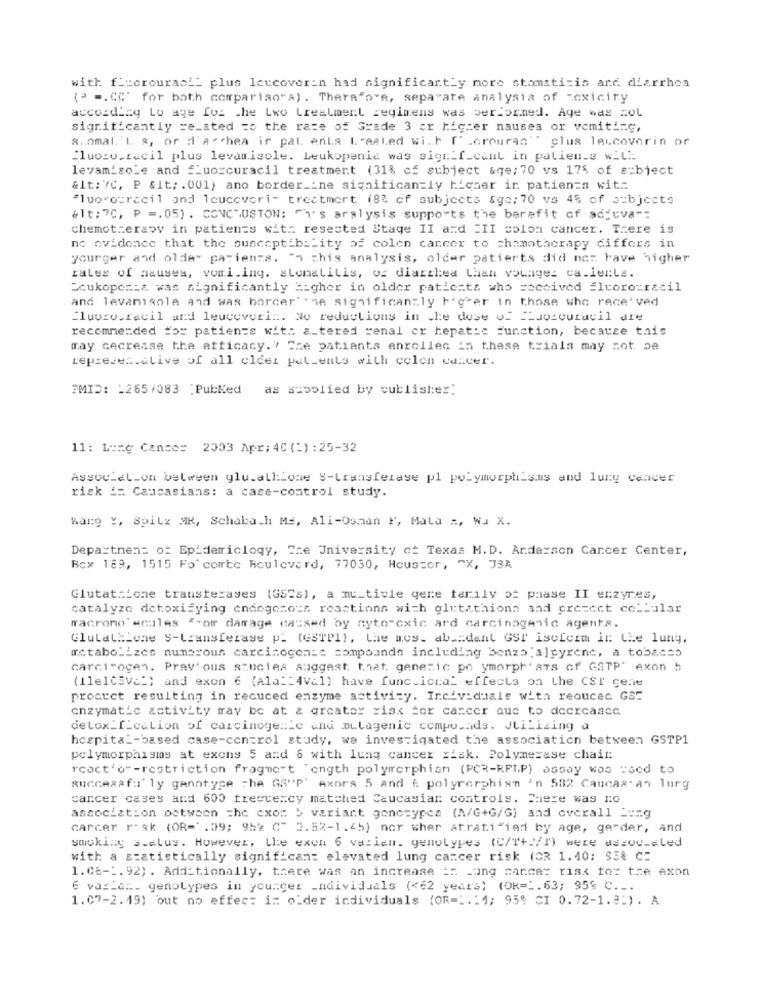
with f _= crouracil plus leccoverin had significantly more stomatitis and diarrhea
(> =. cc' for both comparisons). There"ore, separate analysis of Toxicity
according Lo age foz the Lwo Lrealment regimens was performed. Age was zol
significantly =e_ated =o the rate of Grade 3 er higher nausea or vomiting,
8 .. omal. L &, or d'achea ir pal enLa l. aaLed wi ... [" Lorouran"" clus leucovorin or
"luogo.racil plus levamisole. Leukopenia was sigr_f_cant in patients w_t".
levam'sole and "Luoccuracil treatment (31% of subject &ge; 70 vs 175 of s=bject
&lt: 7C, P &lt; . 001) ano border __ ne significantly higher in patients with
"luorouracil and louccvori- treatmert (8% of subjects &go; 70 vs 45 of subjects
&lt; 7C, P =. 05) . CONCHUSTON: "h's aralysis supports the barafit of ad'uva":
chemotherapy in patients with resected Stage II and =II colon cancer. There is
no evidence that the susceptibility of colon cancer to chemotherapy differs in
yourger and older patients. " this analysis, older patients did not have higher
tales of asuses, vomi.ing. stomatitis, of diarrhea Laan voungez ca.lerle.
Soukopes:& was significantly Higher in older patients who received fluorouracil
and levanisole and was border" me significantly higher in those who received
"luoro.facil and leuceverin. No reductions in che dose of __ uvicuravil are
recommended for patients wit: a_tered renal er hepatic Function, because this
may cecrease the atticacy. ' Sze patients enrolled in these trials may not be
representative of all cldet patients with colon cancer.
PMID: - 265/083 :PubKed
as supplied by publisher:
11: Lung Cance= 2003 Apr: 4C (1) : 25-32
Association between glu.all'one $-transferase pl polymorphisms and lung cancer
risk i: Caucasians: a case-control study.
Karg Y, Spilz MR, Schabach Ms, Ali-Osman F, Mata :, WJ X.
Department of Epidemiclogy, Cre University of Texas M.D. Anderson Cancer Center,
Box 189, 1515 Fo corte Boulevard, 77030, Heusser, "X, JSA
Glutat:Lone transterases (GS2s), a mu_tivle gere tarily ot paase II erzyres,
catalyze detoxifying endogenous reactions with glutathions and presect cellular
macromo ecules ""or damage caused by nyto-cxic ard carcinogenic agenta.
GlutatMione S-transferase p_ (GSTP1), the acs. ab .= dant GST iscform in the luny,
metabolizes numerous carcinogenic compounds including bonzo 'a]pyrenc, a tobaces
carci-ogen. Prav' ous stuciea suggest that, generic po ymorph' ats of GaTP" exon h
(11e105Va") and exon 6 (Ala __ 4Val) have func.ional effects on the CSI ceae
procuet resulting in recuced enzyme activity. Incividuals with reduced GS:
enzymatic activity may be at & greater ciak For cancer que to decrcasce
detox_f_cation of carcinogenic and mutagenic compu_ads. JtiLizing a
hospita _- based case-control study, we investigated the association between GSTP1
polymorphisms at exons 5 and 6 with lung cancer risk. Polymerase chain
react'o"-restriction fragment ength polymerphian (PCR-RFT.P) assay was used to
successfully genotype The GS"P' Axors 5 and 6 polymorphisn 'n 532 Caucas an lung
cancer cases and 600 trectency matched Caucasian controls. There was no
association between =he exo: 5 variant genczypea (A/G+G/G) and overall Lang
carcer risk (OR=' . 09; 952 C" 2.52-1.45) nor wher atrati"iad by age, gender, and
smoking 3.alus. However, Lhe exon 6 varien. genotypes (C/T+ /I) were assoc-cled
with a statistically significant elevated lung cancer risk (OR 1.40; $5% C:
1.06-2. 92) . Additionally, there was an increase in Lung cancer risk for the axon
6 varlat. genotypes in younger _ndividuals (<62 years) (OR=1.63; 95% C ...
1.07-2.19) out no effect in older individuals (OR=". "1; 95% CI 0.72-1.8:). A